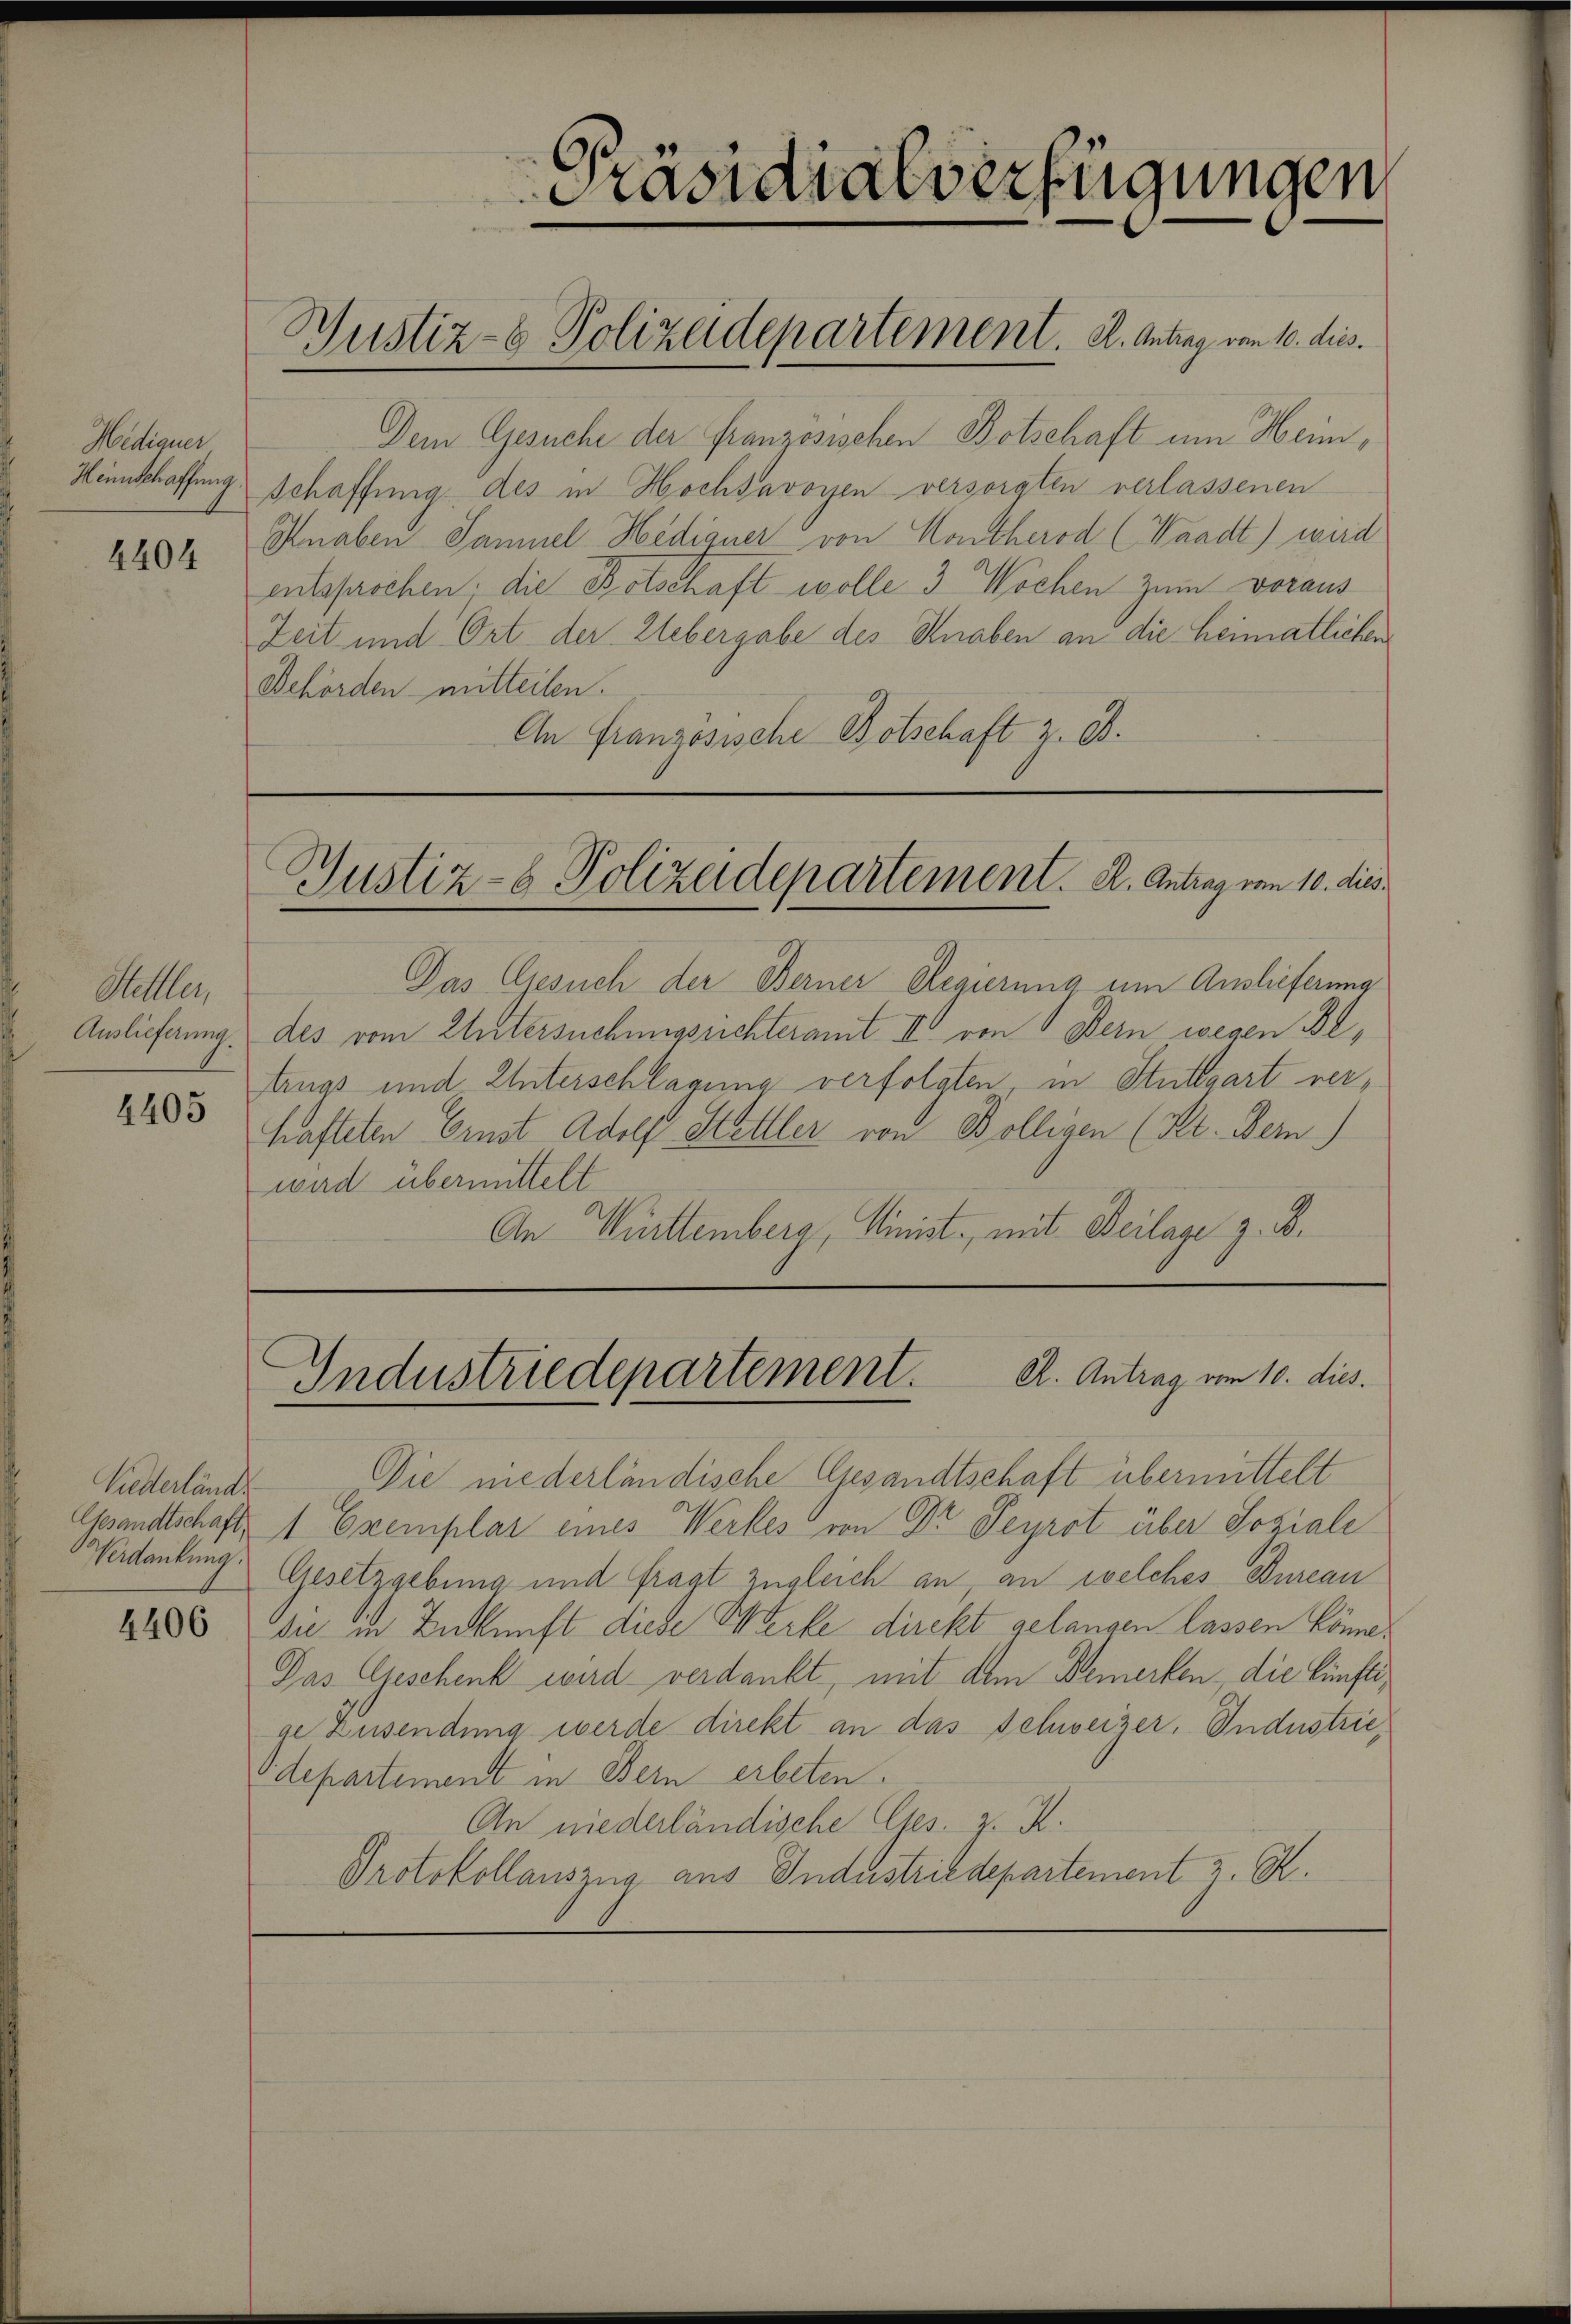
Hediguer
4404

Aelllen
4405

Liederländ
d Verdankung.

4406

Präsidialverfügungen
Justiz- & Polizeidepartement. A. Antrag vom 10. dies

Dem Gesuche der französischen Botschaft um Hein¬
Hinnschaffung schaffung des in Hochsavoyen versorgten verlassenen
Knaben Samuel Hediguer von Montherod (Waadt) wird
entsprochen, die Botschaft wolle 3 Wochen zum voraus
Zeit und Ort der Uebergabe des Knaben an die heimatlichen
Behörden mitteilen.
An Französische Botschaft z. B.

Justiz- & Polizeidepartement. A. Antrag vom 10. dies

Industriedepartement. A. Antrag vom 10. dies.

Das Gesuch der Berner Regierung um Auslieferung
Auslieferung des vom Untersuchungsrichteramt II von Bern wegen Betrugs und Unterschlagung verfolgten, in Stuttgart verhafteten Ernst Adolf Stettler von Bolligen (St. Bern)
wird übermittelt
An Württemberg, Minist, mit Beilage z. B.

Die niederländische Gesandtschaft übermittelt
Gesandtschaft 1 Exemplar eines Werkes von Dr Feyrot über Soziali
Gesetzgebung und fragt zugleich an, an welches Bureau
die in Zukunft diese Werke direkt gelangen lassen könne.
Das Geschenk wird verdankt, mit Am Bemerken, die künftige Zusendung werde direkt an das Schweizer, Industriedepartement in Bern erbeten.
An niederländische Ges. v. R.
Protokollauszug aus Industriedepartement z. R.